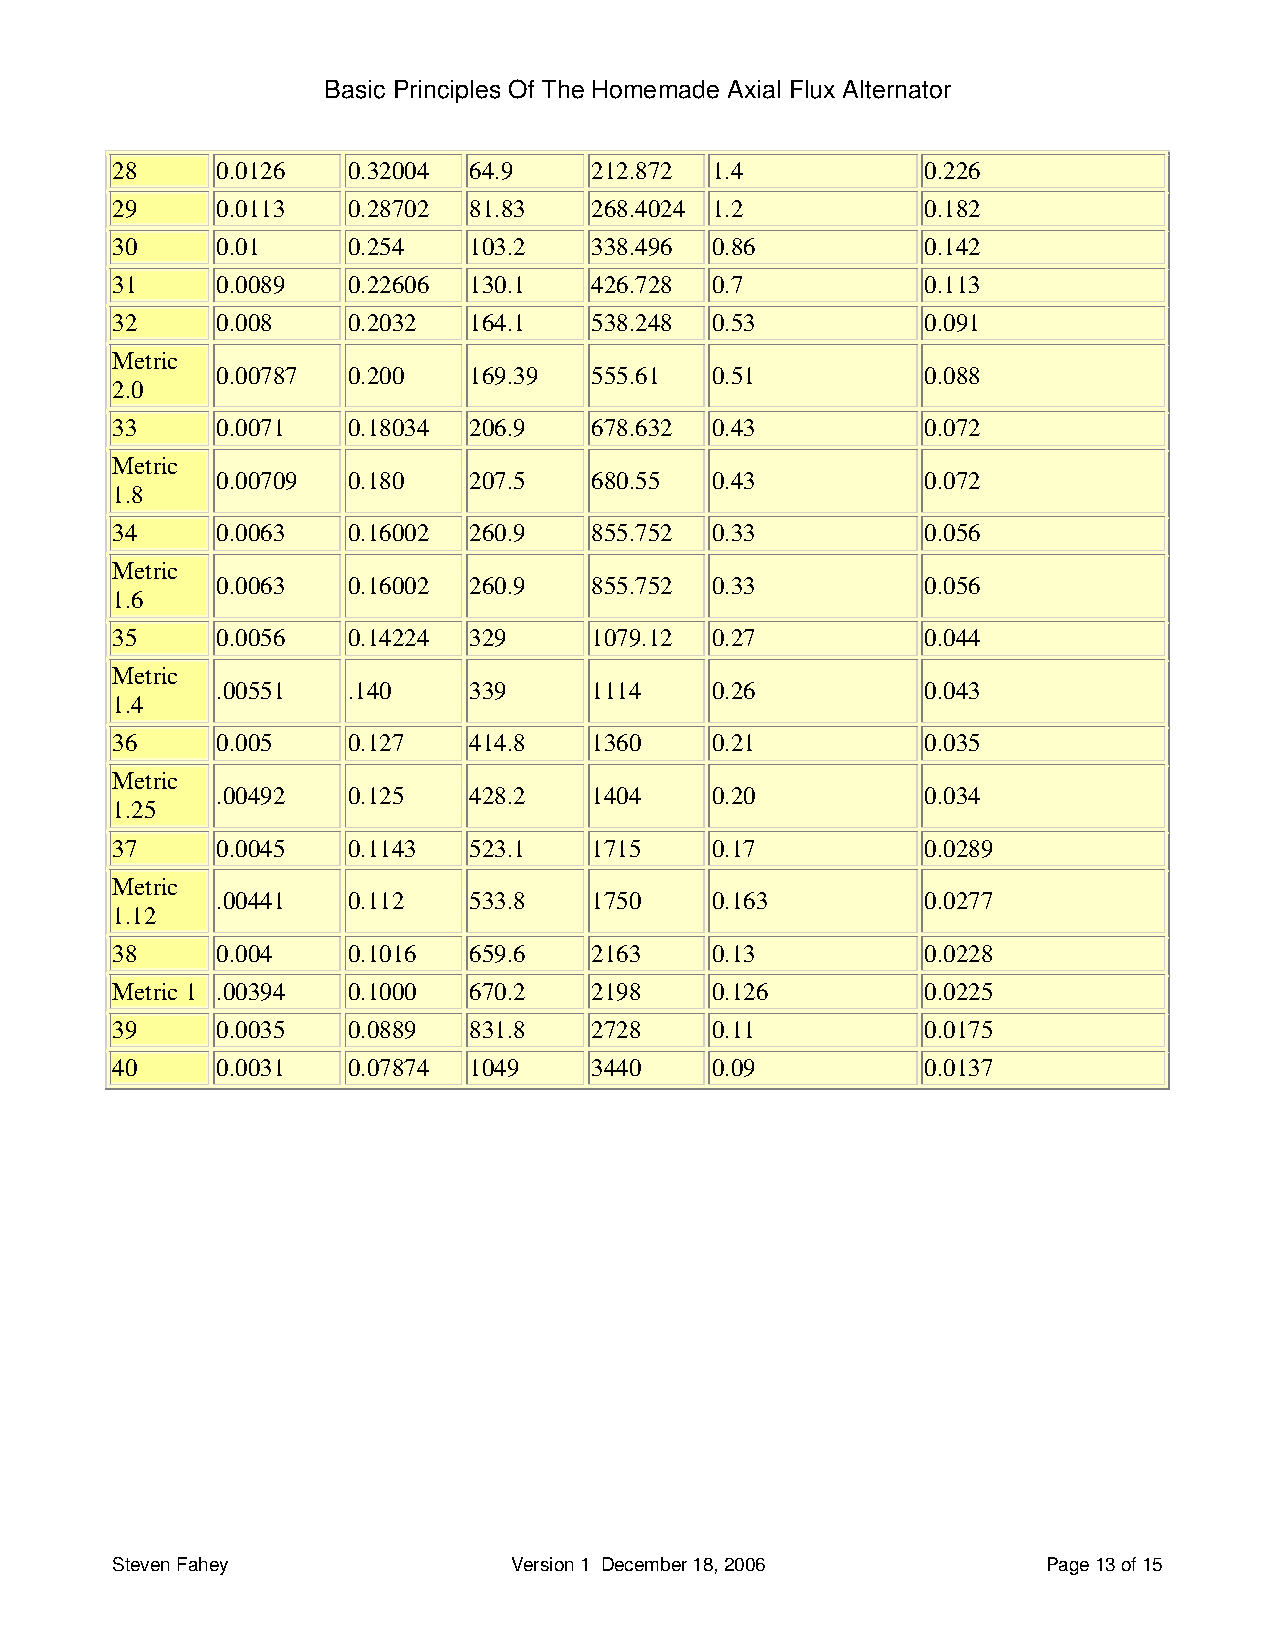
Basic Principles Of The Homemade Axial Flux Alternator
 28     0.0126   0.32004 64.9    212.872 1.4           0.226
 29     0.0113   0.28702 81.83   268.4024 1.2          0.182
 30     0.01     0.254   103.2   338.496 0.86          0.142
 31     0.0089   0.22606 130.1   426.728 0.7           0.113
 32     0.008    0.2032  164.1   538.248 0.53          0.091
 Metric
 0.00787  0.200   169.39  555.61  0.51          0.088
 2.0
 33     0.0071   0.18034 206.9   678.632 0.43          0.072
 Metric
 0.00709  0.180   207.5   680.55  0.43          0.072
 1.8
 34     0.0063   0.16002 260.9   855.752 0.33          0.056
 Metric
 0.0063   0.16002 260.9   855.752 0.33          0.056
 1.6
 35     0.0056   0.14224 329     1079.12 0.27          0.044
 Metric
 .00551   .140    339     1114    0.26          0.043
 1.4
 36     0.005    0.127   414.8   1360    0.21          0.035
 Metric
 .00492   0.125   428.2   1404    0.20          0.034
 1.25
 37     0.0045   0.1143  523.1   1715    0.17          0.0289
 Metric
 .00441   0.112   533.8   1750    0.163         0.0277
 1.12
 38     0.004    0.1016  659.6   2163    0.13          0.0228
 Metric 1 .00394 0.1000  670.2   2198    0.126         0.0225
 39     0.0035   0.0889  831.8   2728    0.11          0.0175
 40     0.0031   0.07874 1049    3440    0.09          0.0137
 Steven Fahey               Version 1 December 18, 2006        Page 13 of 15